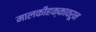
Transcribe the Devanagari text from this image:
मालकीहक्कावरून